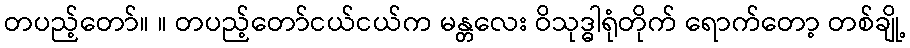
တပည့်တော်။ ။ တပည့်တော်ငယ်ငယ်က မန္တလေး ဝိသုဒ္ဓါရုံတိုက် ရောက်တော့ တစ်ချို့